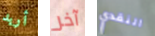
أريد آخر النقدي